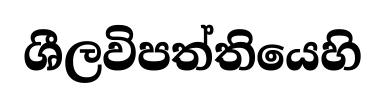
ශීලවිපත්තියෙහි